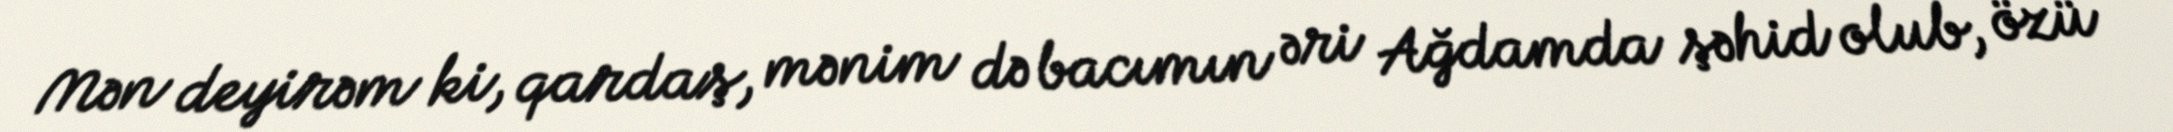
Mən deyirəm ki, qardaş, mənim də bacımın əri Ağdamda şəhid olub, özü